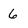
Character: 6